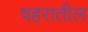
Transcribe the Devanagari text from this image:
षहरातील